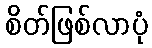
စိတ်ဖြစ်လာပုံ